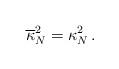
LaTeX: \begin{align*}\overline{\kappa}_N^2 =\kappa_N^2\,.\end{align*}